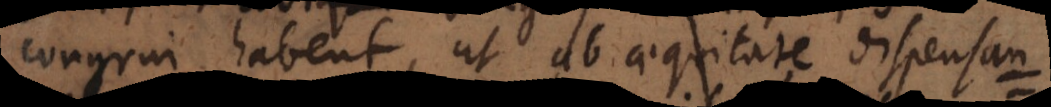
congrui habent, ut ab aequitate dispensan